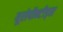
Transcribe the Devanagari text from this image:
यूरोपौन्टीड्स